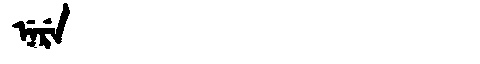
Manchu: ᠨᡝᡵᡝ
Romanization: NERE